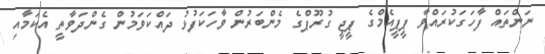
ނަންތައް ފާހަގަކުރައްވާ ޕީޕީއެމްގެ ޕީޖީ ގުރޫޕްގެ މެންބަރުން ވާހަކަފުޅު ދައްކަވަމުން ގެންދަވާތީ އެކަމާއި